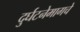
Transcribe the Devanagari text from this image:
दुर्घटनेमागचे